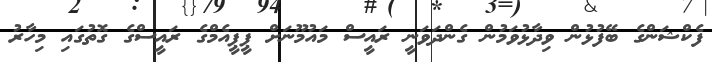
ފެކްޝަންގެ ބޭފުޅުން ވިދާޅުވަމުން ގެންދަވަނީ ރައީސް މައުމޫނަށް ޕީޕީއެމްގެ ރައީސްގެ ގޮތުގައި މިހާރު